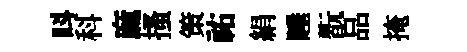
呌科麻搔策祐絹睡翫品掩